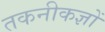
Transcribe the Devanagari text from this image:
तकनीकज्ञों